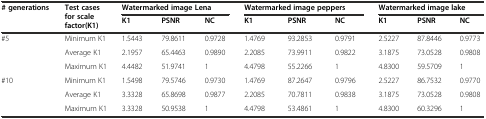
| <ROWSPAN=2> # generations | <ROWSPAN=2> Test cases for scale factor(K1) | <COLSPAN=3> Watermarked image Lena | <COLSPAN=3> Watermarked image peppers | <COLSPAN=3> Watermarked image lake |
 | K1 | PSNR | NC | K1 | PSNR | NC | K1 | PSNR | NC |
 | --- | --- | --- | --- | --- | --- | --- | --- | --- | --- | --- |
 | <ROWSPAN=3> #5 | Minimum K1 | 1.5443 | 79.8611 | 0.9728 | 1.4769 | 93.2853 | 0.9791 | 2.5227 | 87.8446 | 0.9773 |
 | Average K1 | 2.1957 | 65.4463 | 0.9890 | 2.2085 | 73.9911 | 0.9822 | 3.1875 | 73.0528 | 0.9808 |
 | Maximum K1 | 4.4482 | 51.9741 | 1 | 4.4798 | 55.2266 | 1 | 4.8300 | 59.5709 | 1 |
 | <ROWSPAN=3> #10 | Minimum K1 | 1.5498 | 79.5746 | 0.9730 | 1.4769 | 87.2647 | 0.9796 | 2.5227 | 86.7532 | 0.9770 |
 | Average K1 | 3.3328 | 65.8698 | 0.9877 | 2.2085 | 70.7811 | 0.9838 | 3.1875 | 73.0528 | 0.9808 |
 | Maximum K1 | 3.3328 | 50.9538 | 1 | 4.4798 | 53.4861 | 1 | 4.8300 | 60.3296 | 1 |